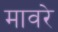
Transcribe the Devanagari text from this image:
मावरे